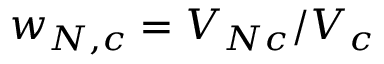
w _ { N , c } = V _ { N c } / V _ { c }